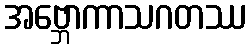
အဗ္ဘောကာသဂတဿ